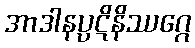
အာဒါနပ္ပဋိနိဿဂ္ဂေ